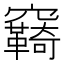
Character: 𮄤